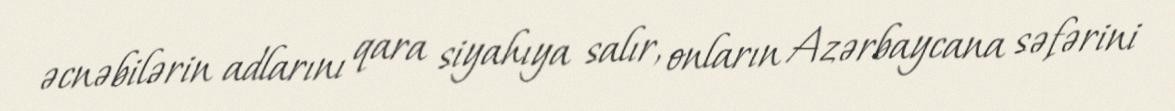
əcnəbilərin adlarını qara siyahıya salır, onların Azərbaycana səfərini